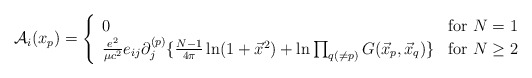
\begin{align*}{\cal A}_i(x_p) =\left\{\begin{array}{ll}0 & \mbox{for $N=1$}\\{e^2\over \mu c^2} e_{ij} \partial_j^{(p)}\{{N-1 \over 4\pi} \ln (1 + \vec x^2)+ \ln \prod_{q(\ne p)}G(\vec x_p, \vec x_q)\}&\mbox{for $N \ge 2$ }\end{array}\right.\end{align*}